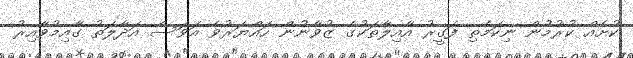
ކުށެއް ކުރުމުން ނިކަމެތި ފަގީރު އާއިލާތަކުގެ ޒުވާނުން ހައްޔަރުވެ އަވަސް އަދާލަތު ގާއިމުވާއިރު